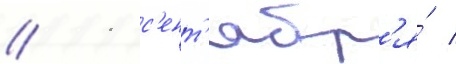
// 11 с'ент'ябр'я́ /